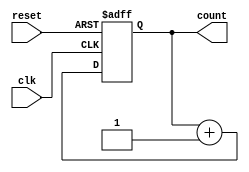
module binary_counter (
    input clk,
    input reset,
    output reg [3:0] count
);

always @(posedge clk or posedge reset) begin
    if (reset) begin
        count <= 4'b0000;
    end else begin
        count <= count + 1;
    end
end

endmodule